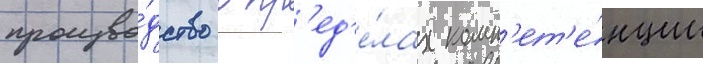
произво́дство в пр'ед'е́лах комп'ет'е́нции